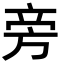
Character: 旁